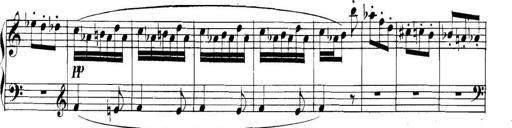
Title: Collected Piano Sonatas
Composer: Muzio Clementi